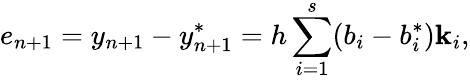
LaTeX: e_{n+1}=y_{n+1}-y_{n+1}^{*}=h\sum_{i=1}^{s}(b_{i}-b_{i}^{*})\mathbf{k}_{i},